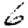
Digit: 6